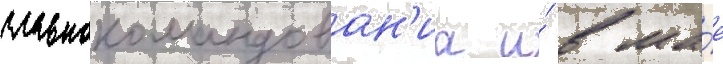
главнокомандован'иа и́ в ма́е